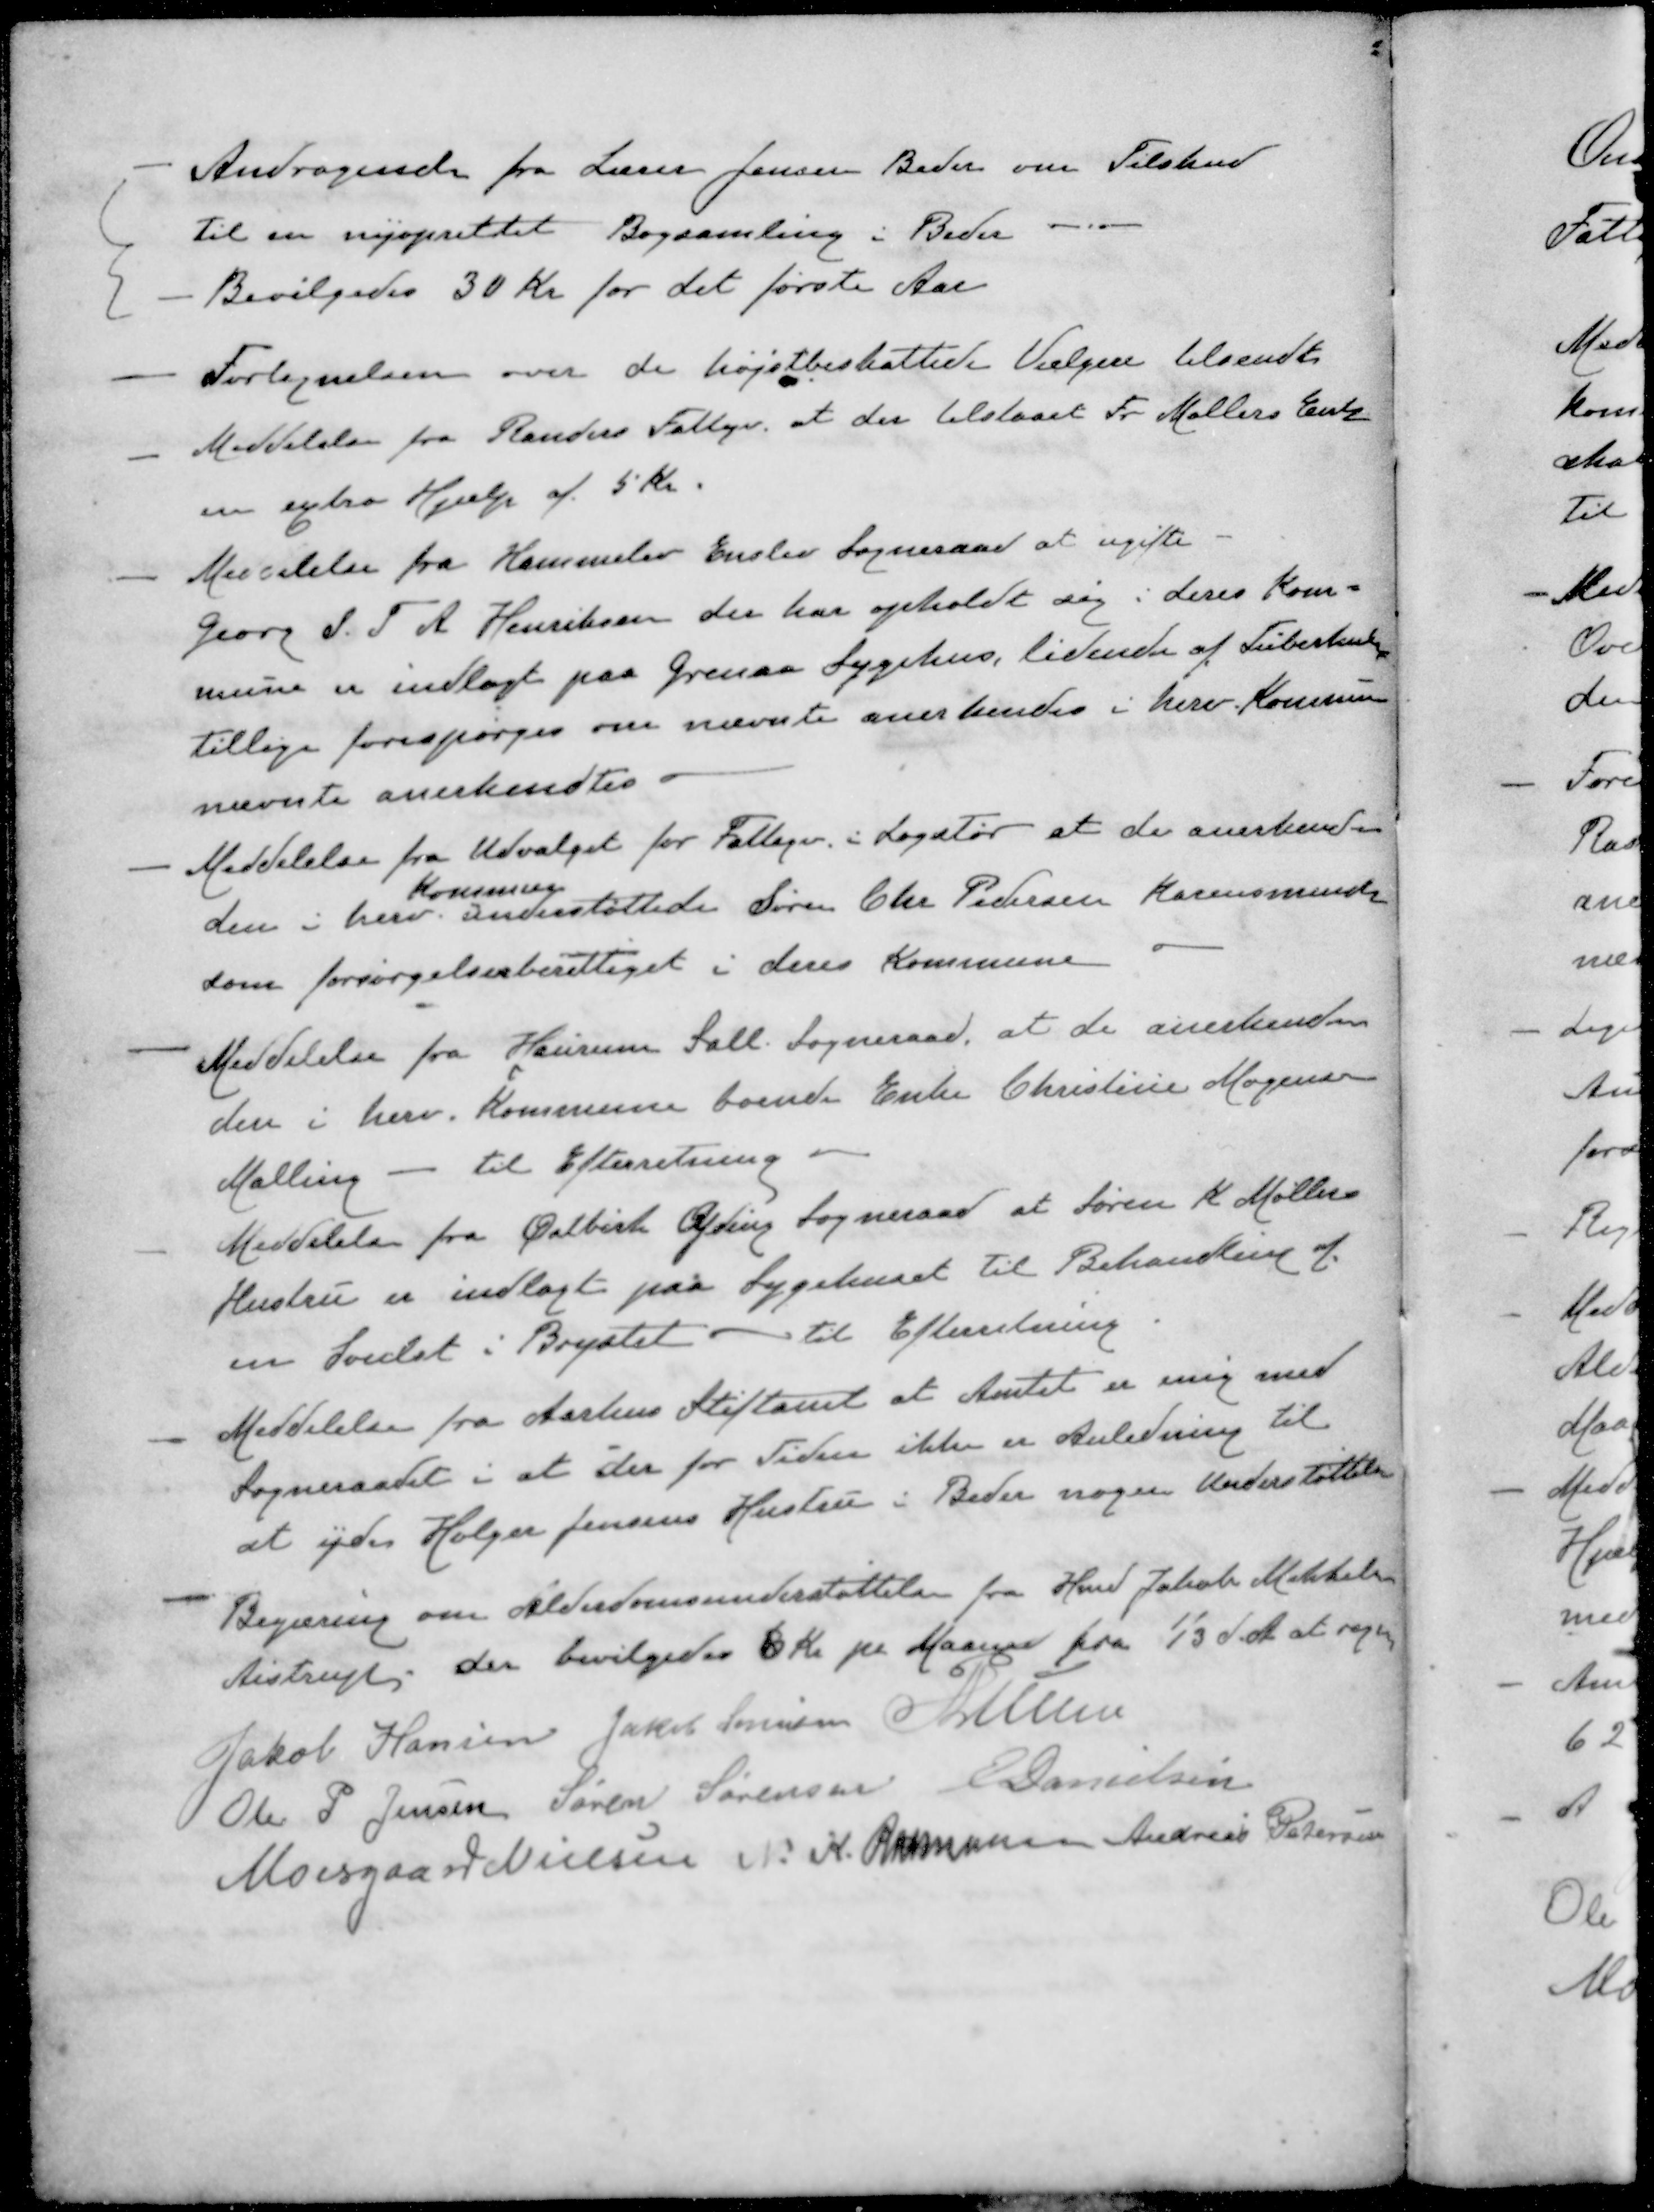
Transskription:
- Andragende fra Lærer Jensen Beder om Tilskud
til en nyoprettet Bogsamling i Beder.
- Bevilgedes 30 Kr for det første Aar
- Fortegnelsen over de højstbeskattede Vælgere tilsendt
- Meddelelse fra Randers Fattigv at der tilstaaet Fr. Møllers Enke
en extra Hjælp af 5 Kr.
- Meddelelse fra Hammelev Enslev Sogneraad at ugifte
Georg S. T. A. Henriksen der har opholdt sig i deres Kom-
mune er indlagt paa Grenaa Sygehus, lidende af Tuberkulose
Tillige forespørges om nævnte anerkendes i herv. Kommune
nævnte anerkendtes
- Meddelelse fra Udvalget for Fattige i Løgstør at de anerkender
Kommune
den i herv. understøttede Søren Chr. Pedersen Karensminde
som forsørgelsesberettiget i deres Kommune
- Meddelelse fra Haurum Sall Sogneraad, at de anerkender
den i herv. Kommune boende Enke Christine Mogensen
Malling - til Efterretning
- Meddelelse fra Østbirk Yding Sogneraad at Søren K. Møllers
Hustru er indlagt paa Sygehuset til Behandling af
en Svulst i Brystet - til Efterretning
- Meddelelse fra Aarhus Stiftamt at Amtet er enig med
Sogneraadet i at der for Tiden ikke er Anledning til
at yde Holger Jensens Hustru i Beder nogen Understøttelse
- Begæring om Alderdomsunderstøttelse fra Hmd Jakob Mikkelsen
Aistrup, der bevilgedes 6 Kr pr Maaned fra 1/3 d. A. at regne
Jakob Hansen
Jakob Sørensen
P Lunn
Ole P Jensen
Søren Sørensen
E Danielsen
Moesgaard Nielsen
N. K. Rasmussen
Andreas Petersen